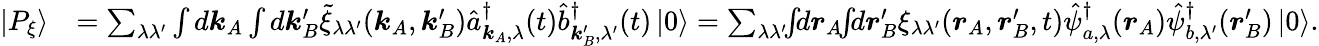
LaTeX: \begin{array}{rl}{\left|P_{\xi}\right\rangle}&{=\sum_{\lambda\lambda^{\prime}}\int d\boldsymbol{k}_{A}\int d\boldsymbol{k}_{B}^{\prime}\tilde{\xi}_{\lambda\lambda^{\prime}}(\boldsymbol{k}_{A},\boldsymbol{k}_{B}^{\prime})\hat{a}_{\boldsymbol{k}_{A},\lambda}^{\dagger}(t)\hat{b}_{\boldsymbol{k}_{B}^{\prime},\lambda^{\prime}}^{\dagger}(t)\left|0\right\rangle=\sum_{\lambda\lambda^{\prime}}\! \! \int\! \! d\boldsymbol{r}_{A}\! \! \int\! \! d\boldsymbol{r}_{B}^{\prime}\xi_{\lambda\lambda^{\prime}}(\boldsymbol{r}_{A},\boldsymbol{r}_{B}^{\prime},t)\hat{\psi}_{a,\lambda}^{\dagger}(\boldsymbol{r}_{A})\hat{\psi}_{b,\lambda^{\prime}}^{\dagger}(\boldsymbol{r}_{B}^{\prime})\left|0\right\rangle.}\end{array}